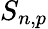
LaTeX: S_{n,p}